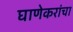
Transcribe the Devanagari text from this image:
घाणेकरांचा